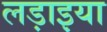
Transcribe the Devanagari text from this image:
लड़ाइया